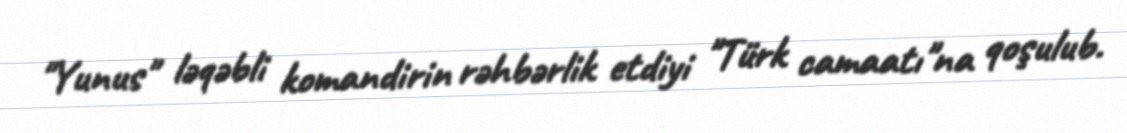
"Yunus" ləqəbli komandirin rəhbərlik etdiyi "Türk camaatı"na qoşulub.